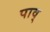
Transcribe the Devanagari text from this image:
पाव्